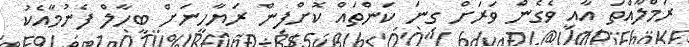
ރަމްލާއްތަ އާއި ވެގެން ވަރަށް ގިނަ ކަންތައް ކޮށްފިން ރަޔާހީނަށް ބީހާލް ފެނުމާއެކު